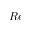
R e